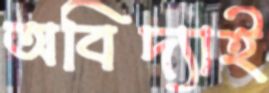
অবিদ্যাই